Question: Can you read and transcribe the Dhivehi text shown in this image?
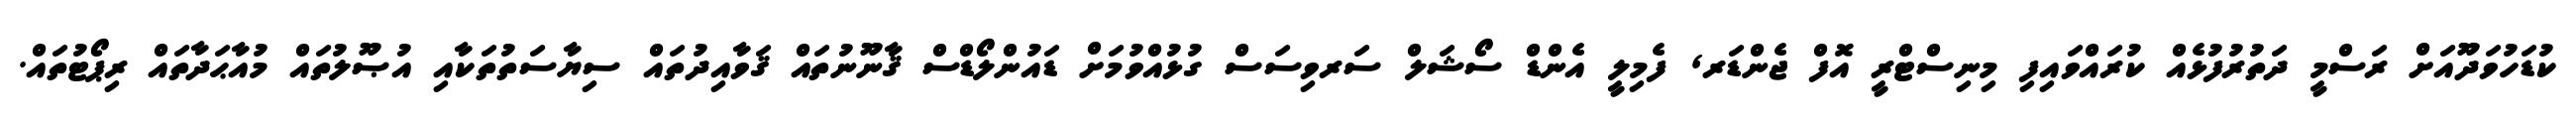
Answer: ކުޑަހުވަދޫއަށް ރަސްމީ ދަތުރުފުޅެއް ކުރައްވައިފި މިނިސްޓްރީ އޮފް ޖެންޑަރ, ފެމިލީ އެންޑް ސޯޝަލް ސަރވިސަސް ގުޅުއްވުމަށް ޑައުންލޯޑްސް ޤާނޫނުތައް ޤަވާއިދުތައް ސިޔާސަތުތަކާއި އުޞޫލުތައް މުއާޙަދާތައް ރިޕޯޓުތައް.